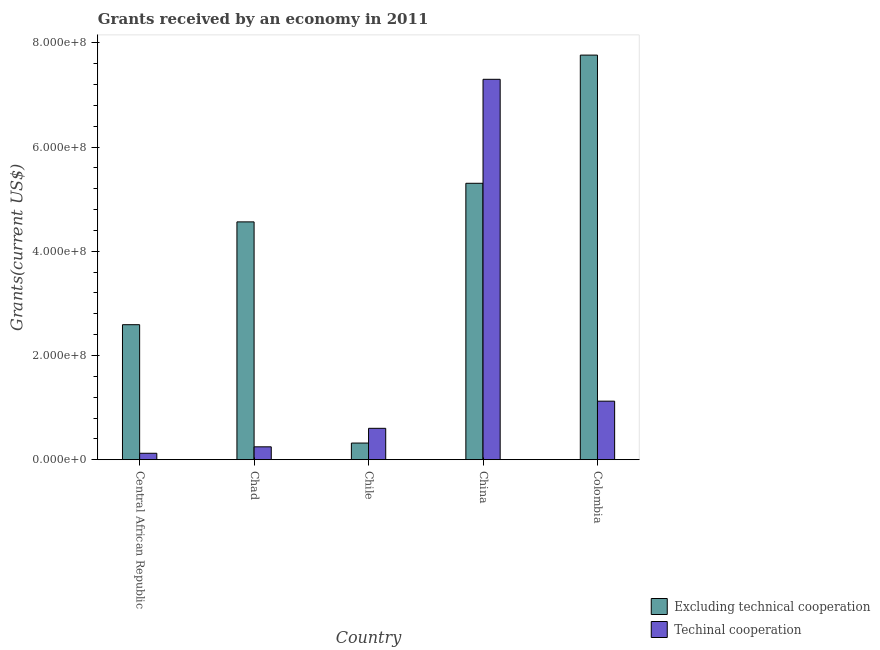
| Country | Excluding technical cooperation | Techinal cooperation |
 | --- | --- | --- |
 | Central African Republic | 2.59e+08 | 1.23e+07 |
 | Chad | 4.56e+08 | 2.47e+07 |
 | Chile | 3.2e+07 | 6.02e+07 |
 | China | 5.3e+08 | 7.3e+08 |
 | Colombia | 7.76e+08 | 1.12e+08 |